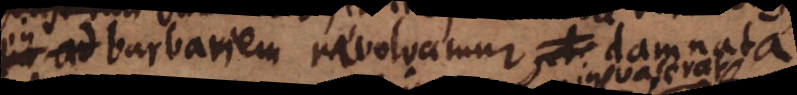
in barbariem revolvamur damnata